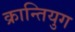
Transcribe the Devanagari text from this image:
क्रान्तियुग